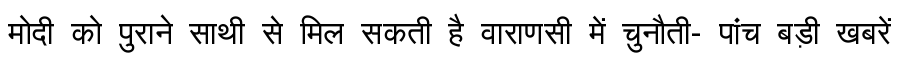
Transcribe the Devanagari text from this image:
मोदी को पुराने साथी से मिल सकती है वाराणसी में चुनौती- पांच बड़ी खबरें